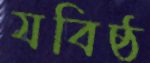
যবিষ্ঠ